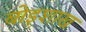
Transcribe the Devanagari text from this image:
बोइशाख